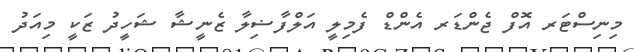
މިނިސްޓަރ އޮފް ޖެންޑަރ އެންޑް ފެމިލީ އަލްފާޟިލާ ޒެނީޝާ ޝަހީދު ޒަކީ މިއަދު